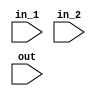
module and_imp(input in_1, //first input to and gate
			   input in_2, //second input to and gate
			   input out); // output of and gate
			   
	assign out = in_1 & in_2;

endmodule